Mental hospitals Bombay report 1921-28 - 1921-1928
Year: 1921
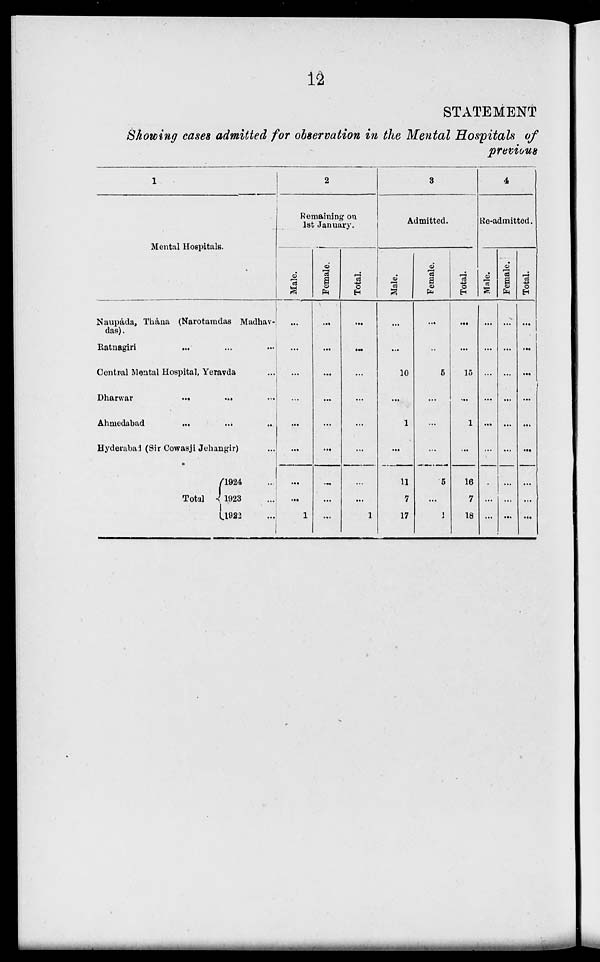
12
STATEMENT
Showing cases admitted for observation in the Mental Hospitals of
previous
1
Mental Hospitals.
Naupáda, Thána (Narotamdas Madhav-
das).
Ratnagiri ... ... ...
Central Mental Hospital, Yeravda ...
Dharwar
...
...
...
Ahmedabad
...
...
...
Hyderabad (Sir Cowasji Jehangir) ...
Total
1924 ...
1923 ...
1922 ...
2
Remaining on
1st January.
Male.
...
...
...
...
...
...
...
...
1
Female.
...
...
...
...
...
...
...
...
...
Total.
...
...
...
...
...
...
...
...
1
3
Admitted.
Male.
...
...
10
...
1
...
11
7
17
Female.
...
...
5
...
...
...
5
...
1
Total.
...
...
15
...
1
...
16
7
18
4
Re-admitted.
Male.
...
...
...
...
...
...
...
...
...
Female.
...
...
...
...
...
...
...
...
...
Total.
...
...
...
...
...
...
...
...
...